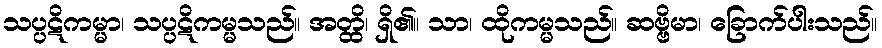
သပ္ပဋိကမ္မာ၊ သပ္ပဋိကမ္မသည်။ အတ္ထိ၊ ရှိ၏။ သာ၊ ထိုကမ္မသည်။ ဆဗ္ဗိမာ၊ ခြောက်ပါးသည်။